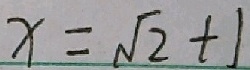
x = \sqrt { 2 } + 1